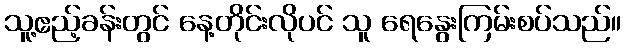
သူ့ဧည့်ခန်းတွင် နေ့တိုင်းလိုပင် သူ ရေနွေးကြမ်းစပ်သည်။